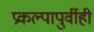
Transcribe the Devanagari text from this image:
प्रकल्पापुर्वीही